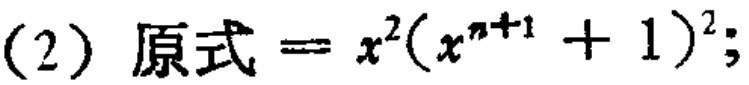
(2) 原式=$x^{2}(x^{n + 1}+1)^{2}$;